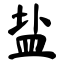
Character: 盐